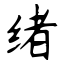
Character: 绪